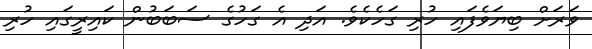
ވަރަށް ބިޔަވެފައި ހުރި ގަހެކެވެ. އަދި އެ ގަހުގެ ސަބަބުން ކައިރީގައި ހުރި